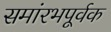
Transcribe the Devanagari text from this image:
समांरभपूर्वक